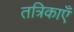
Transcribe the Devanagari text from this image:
तत्रिकाएँ